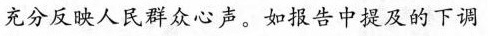
充分反映人民群众心声。如报告中提及的下调